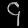
Digit: ၄